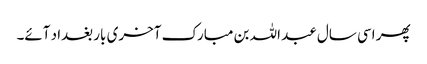
پھر اسی سال عبد اللہ بن مبارک آخری بار بغداد آئے۔